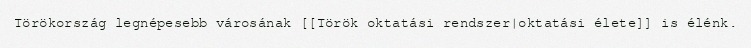
Törökország legnépesebb városának [[Török oktatási rendszer|oktatási élete]] is élénk.